Veterinary regulations India, 1935 -
Year: 1935
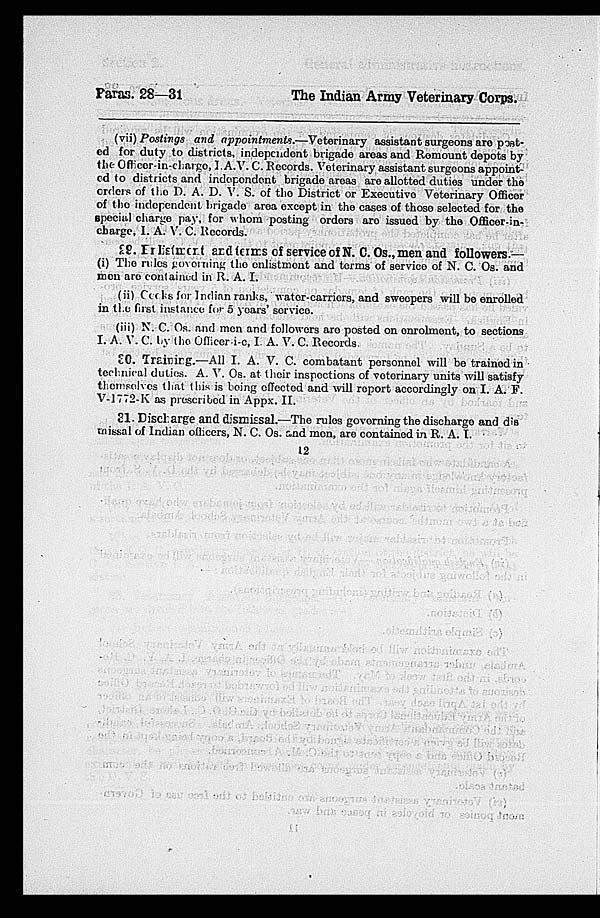
Paras. 28—31
The Indian Army Veterinary Corps.
(vii) Postings and appointments.—Veterinary
assistant surgeons are post-
ed for duty to districts, independent brigade areas and Remount depots by
the Officer-in-change, I.A.V. C. Records. Veterinary assistant surgeons appoint-
ed to districts and independent brigade areas are allotted duties under the
orders of the D. A. D. V. S. of the District or Executive Veterinary Officer
of the independent brigade area except in the cases of those selected for the
special charge pay, for whom posting orders are issued by the Officer-in-
charge, I. A. V. C. Records.
29. Erlistment and terms of service of N. C. Os., men and followers.—
(i) The rules governing the enlistment and terms of service of N. C. Os. and
men are contained in R. A. I.
(ii) Ceeks for Indian ranks, water-carriers, and sweopers will be enrolled
in the first instance for 5 years' service
(iii) N. C. Os. and men and followers are posted on enrolment, to sections
I. A. V. C. by the Officer-i-c, I A. V. C. Records.
30. Training.—All I. A. V. C. combatant personnel will be trained in
technical duties. A. V. Os. at their inspections of veterinary units will satisfy
themselves that this is being effected and will report accordingly on I. A. F.
V-1772-K as prescribed in Appx. II.
31. Discharge and dismissal.—The rules governing the discharge and dis-
missal of Indian officers, N. C. Os. and men, are contained in R. A. I.
12